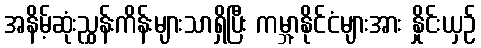
အနိမ့်ဆုံးညွှန်းကိန်းများသာရှိပြီး ကမ္ဘာ့နိုင်ငံများအား နှိုင်းယှဉ်